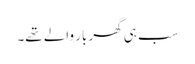
سب ہی گھر بار والے تھے۔